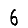
Digit: 6